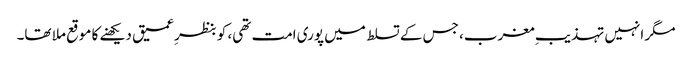
مگر انہیں تہذیبِ مغرب، جس کے تسلط میں پوری امت تھی، کو بنظرِ عمیق دیکھنے کا موقع ملا تھا۔